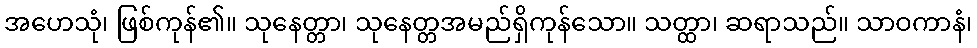
အဟေသုံ၊ ဖြစ်ကုန်၏။ သုနေတ္တာ၊ သုနေတ္တအမည်ရှိကုန်သော။ သတ္ထာ၊ ဆရာသည်။ သာဝကာနံ၊